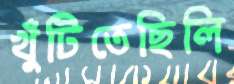
খুঁটিতেছিলি